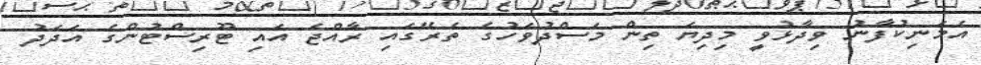
އެމަނިކުފާނު ވިދާޅުވީ މިދިޔަ ތިން މަސްދުވަހުގެ ތެރޭގައި ރާއްޖެ އައި ޓޫރިސްޓުންގެ އަދަދު